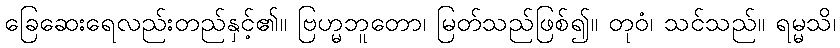
ခြေဆေးရေလည်းတည်နှင့်၏။ ဗြဟ္မဘူတော၊ မြတ်သည်ဖြစ်၍။ တုဝံ၊ သင်သည်။ ရမ္မသိ၊